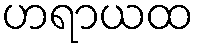
ဟရာယထ